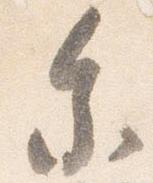
参